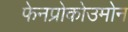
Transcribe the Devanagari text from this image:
फेनप्रोकोउमोन